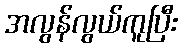
အလွန်လွယ်ကူပြီး